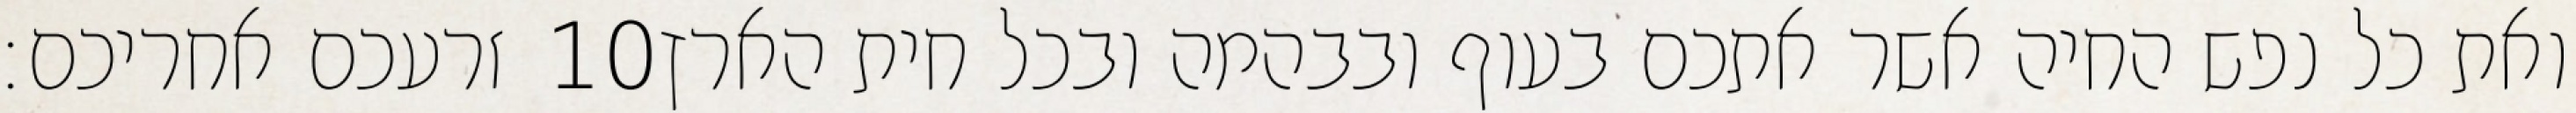
זרעכם אחריכם׃ ‎10‏ ואת כל נפש החיה אשר אתכם בעוף ובבהמה ובכל חית הארץ